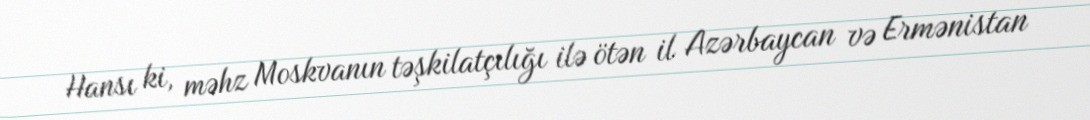
Hansı ki, məhz Moskvanın təşkilatçılığı ilə ötən il Azərbaycan və Ermənistan